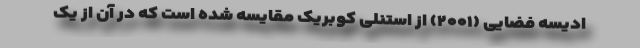
ادیسه فضایی (۲۰۰۱) از استنلی کوبریک مقایسه شده است که در آن از یک